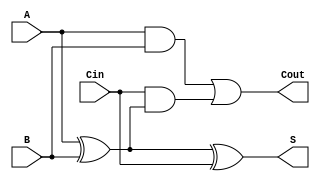
module LowPowerFullAdder (
    input wire A,       // First input bit
    input wire B,       // Second input bit
    input wire Cin,     // Carry input
    output wire S,      // Sum output
    output wire Cout    // Carry output
);

// Internal wires for intermediate signals
wire AxorB;          // Intermediate XOR result
wire AB;             // A AND B
wire CinAndAxorB;   // Cin AND (A XOR B)

// Logic implementation
assign AxorB = A ^ B;                 // A XOR B
assign S = AxorB ^ Cin;               // Sum: S = A XOR B XOR Cin
assign AB = A & B;                     // A AND B
assign CinAndAxorB = Cin & AxorB;     // Cin AND (A XOR B)
assign Cout = AB | CinAndAxorB;       // Carry-out: Cout = (A AND B) OR (Cin AND (A XOR B))

endmodule